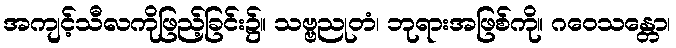
အကျင့်သီလကိုဖြည့်ခြင်း၌။ သဗ္ဗညုတံ၊ ဘုရားအဖြစ်ကို။ ဂဝေသန္တော၊